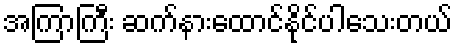
အကြာကြီး ဆက်နားထောင်နိုင်ပါသေးတယ်